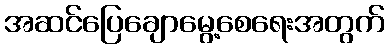
အဆင်ပြေချောမွေ့စေရေးအတွက်